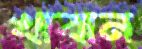
খাবান